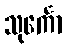
သုင်္ကော